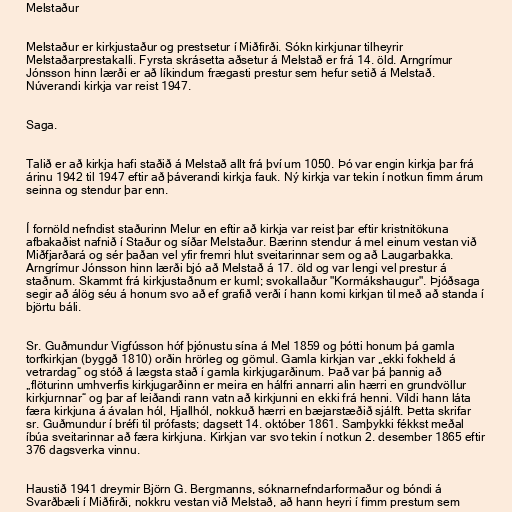
Melstaður

Melstaður er kirkjustaður og prestsetur í Miðfirði. Sókn kirkjunar tilheyrir
Melstaðarprestakalli. Fyrsta skrásetta aðsetur á Melstað er frá 14. öld. Arngrímur
Jónsson hinn lærði er að líkindum frægasti prestur sem hefur setið á Melstað.
Núverandi kirkja var reist 1947.

Saga.

Talið er að kirkja hafi staðið á Melstað allt frá því um 1050. Þó var engin kirkja þar frá
árinu 1942 til 1947 eftir að þáverandi kirkja fauk. Ný kirkja var tekin í notkun fimm árum
seinna og stendur þar enn.

Í fornöld nefndist staðurinn Melur en eftir að kirkja var reist þar eftir kristnitökuna
afbakaðist nafnið í Staður og síðar Melstaður. Bærinn stendur á mel einum vestan við
Miðfjarðará og sér þaðan vel yfir fremri hlut sveitarinnar sem og að Laugarbakka.
Arngrímur Jónsson hinn lærði bjó að Melstað á 17. öld og var lengi vel prestur á
staðnum. Skammt frá kirkjustaðnum er kuml; svokallaður "Kormákshaugur". Þjóðsaga
segir að álög séu á honum svo að ef grafið verði í hann komi kirkjan til með að standa í
björtu báli.

Sr. Guðmundur Vigfússon hóf þjónustu sína á Mel 1859 og þótti honum þá gamla
torfkirkjan (byggð 1810) orðin hrörleg og gömul. Gamla kirkjan var „ekki fokheld á
vetrardag“ og stóð á lægsta stað í gamla kirkjugarðinum. Það var þá þannig að
„flöturinn umhverfis kirkjugarðinn er meira en hálfri annarri alin hærri en grundvöllur
kirkjurnnar“ og þar af leiðandi rann vatn að kirkjunni en ekki frá henni. Vildi hann láta
færa kirkjuna á ávalan hól, Hjallhól, nokkuð hærri en bæjarstæðið sjálft. Þetta skrifar
sr. Guðmundur í bréfi til prófasts; dagsett 14. október 1861. Samþykki fékkst meðal
íbúa sveitarinnar að færa kirkjuna. Kirkjan var svo tekin í notkun 2. desember 1865 eftir
376 dagsverka vinnu.

Haustið 1941 dreymir Björn G. Bergmanns, sóknarnefndarformaður og bóndi á
Svarðbæli í Miðfirði, nokkru vestan við Melstað, að hann heyri í fimm prestum sem